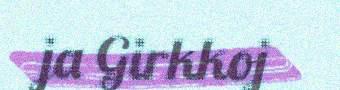
ja Girkkoj